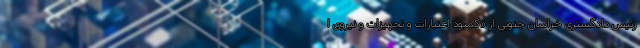
رئیس دادگستری خراسان جنوبی از «کمبود اعتبارات و تجهیزات و نیروی ا